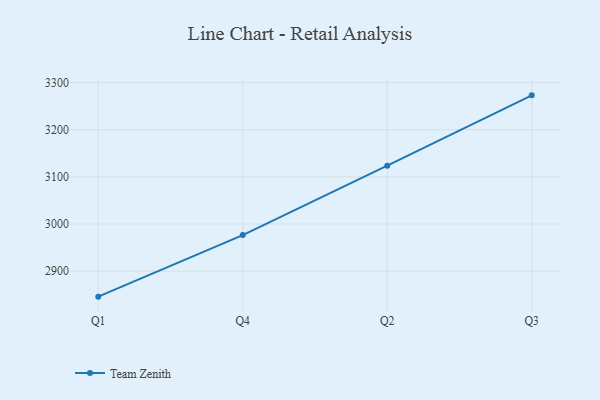
{"axis": {"x": "Quarter", "y": "Bounce Rate (%)"}, "legend": ["Team Zenith"], "data": [{"x": "Q1", "y": 2846.0, "type": "Team Zenith"}, {"x": "Q4", "y": 2976.5, "type": "Team Zenith"}, {"x": "Q2", "y": 3123.6, "type": "Team Zenith"}, {"x": "Q3", "y": 3272.8, "type": "Team Zenith"}]}